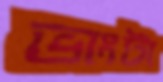
ভাংটা